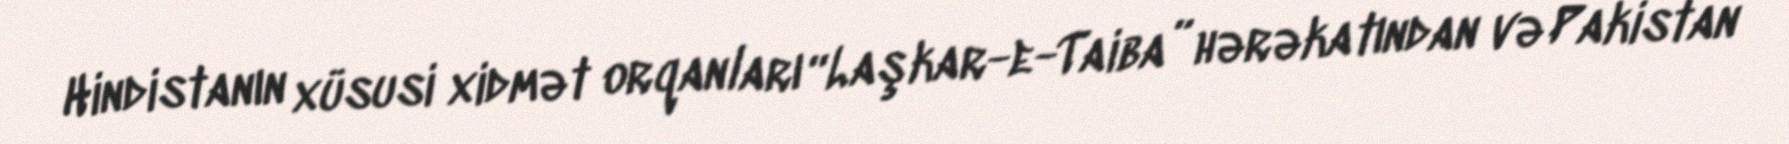
Hindistanın xüsusi xidmət orqanları “Laşkar-e-Taiba” hərəkatından və Pakistan